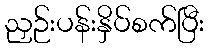
ညှဉ်းပန်းနှိပ်စက်ပြီး